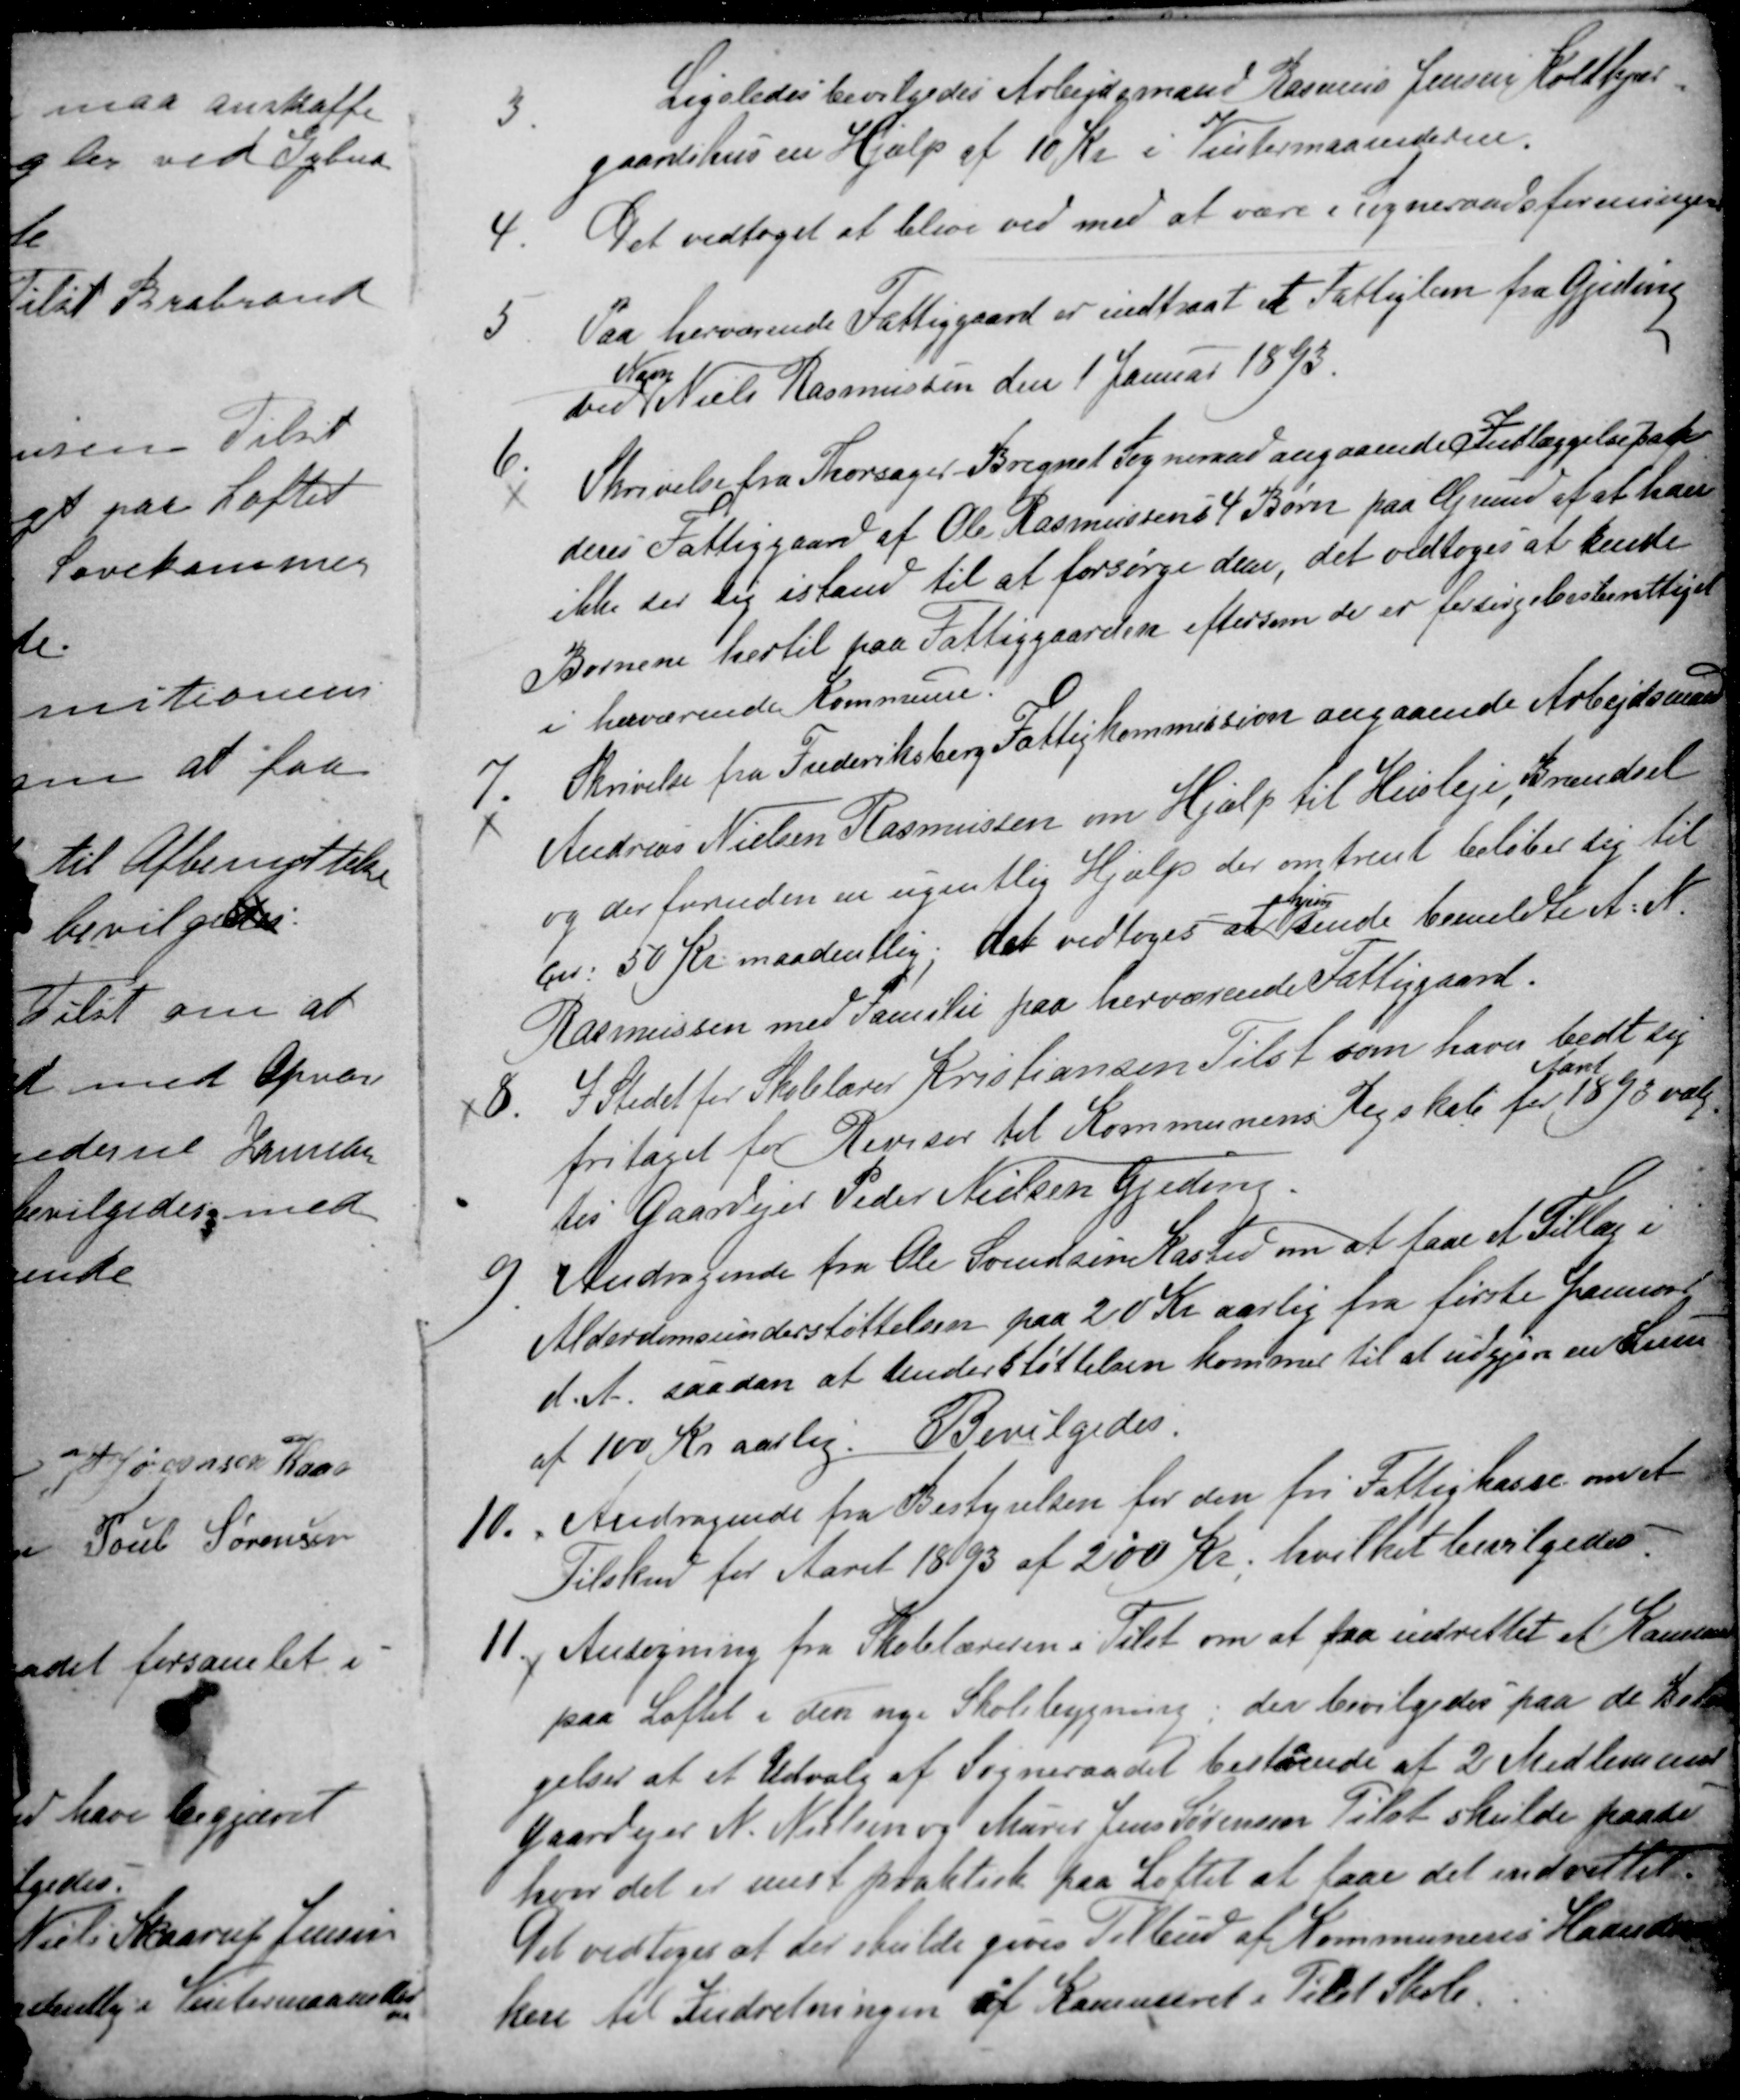
Transskription:
3.
Ligeledes bevilgedes Arbejdsmand Rasmus Jensen Koldkjær-
gaardshus en Hjælp af 10 Kr i Vintermaanederne.
4.
Det vedtoges at blive ved med at være i Sogneraadsforeningen.
5
Paa herværende Fattiggaard er indtraat et Fattiglem fra Gjeding
ved
Navn
Niels Rasmussen den 1 Januar 1893.
6.
Skrivelse fra Thorsager Bregnet Sogneraad angaaende Indlæggelse paa
dens Fattiggaard af Ole Rasmussens 4 Børn paa Grund af at han
ikke ser sig istand til at forsørge dem, det vedtoges at kende
Børnene hertil paa Fattiggaarden eftersom de er forsørgelsesberettiget
i herværende Kommune.
7.
Skrivelse fra Frederiksberg Fattigkommission angaaende Arbejdsmand
Andreas Nielsen Rasmussen om Hjælp til Husleje, Brændsel
og der foruden en ugentlig Hjælp der omtrent beløber sig til
ca. 50 Kr maadentlig, det vedtoges at 
hjem-
sende bemeldte A. N.
Rasmussen med Familie paa herværende Fattiggaard.
8.
I Stedet for Skolelærer Kristiansen Tilst som haver bedt sig
fritaget for Revisor til Kommunens Regskab for
Aaret
1893 valg
tes Gaardejer Peder Nielsen Gjeding.
9.
Andragende fra Ole Svendsen Kasted om at faa et Tillæg i
Alderdomsunderstøttelsen paa 20 Kr aarlig fra første Januar
d. A. saadan at Understøttelsen kommer til at udgjøre en Sum
af 100 Kr aarlig. Bevilgedes.
10. 
Andragende fra Bestyrelsen for den fri Fattigkasse om et
Tilskud for Aaret 1893 af 200 Kr, hvilket bevilgedes.
11. 
Ansøgning fra Skolelæreren i Tilst om at faa indrettet et Kammer
paa Loftet i den nye Skolebygning, der bevilgedes paa de Betin-
gelser af et Udvalg af Sogneraadet bestående af 2 Medlemmer
Gaardejer N. Nielsen og Murer Jens Sørensen Tilst skulde paase
hvor det er mest praktisk paa Loftet at faae det indrettet.
Det vedtoges at der skulde gives Tilbud af Kommunens Haandvær
kere til Indretningen af Kammeret i Tilst Skole.